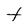
Character: t